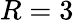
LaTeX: R=3